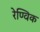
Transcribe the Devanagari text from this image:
रेण्विक